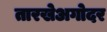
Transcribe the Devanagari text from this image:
तारखेअगोदर